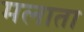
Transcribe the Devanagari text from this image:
मलाता